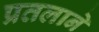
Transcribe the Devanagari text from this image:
प्रतलाने